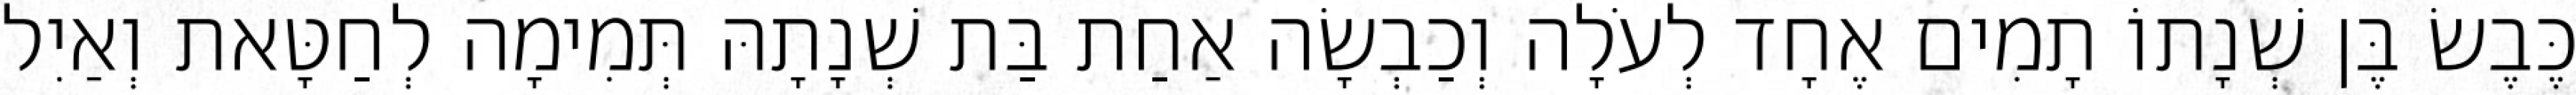
כֶּבֶשׂ בֶּן שְׁנָתוֹ תָמִים אֶחָד לְעֹלָה וְכַבְשָׂה אַחַת בַּת שְׁנָתָהּ תְּמִימָה לְחַטָּאת וְאַיִל